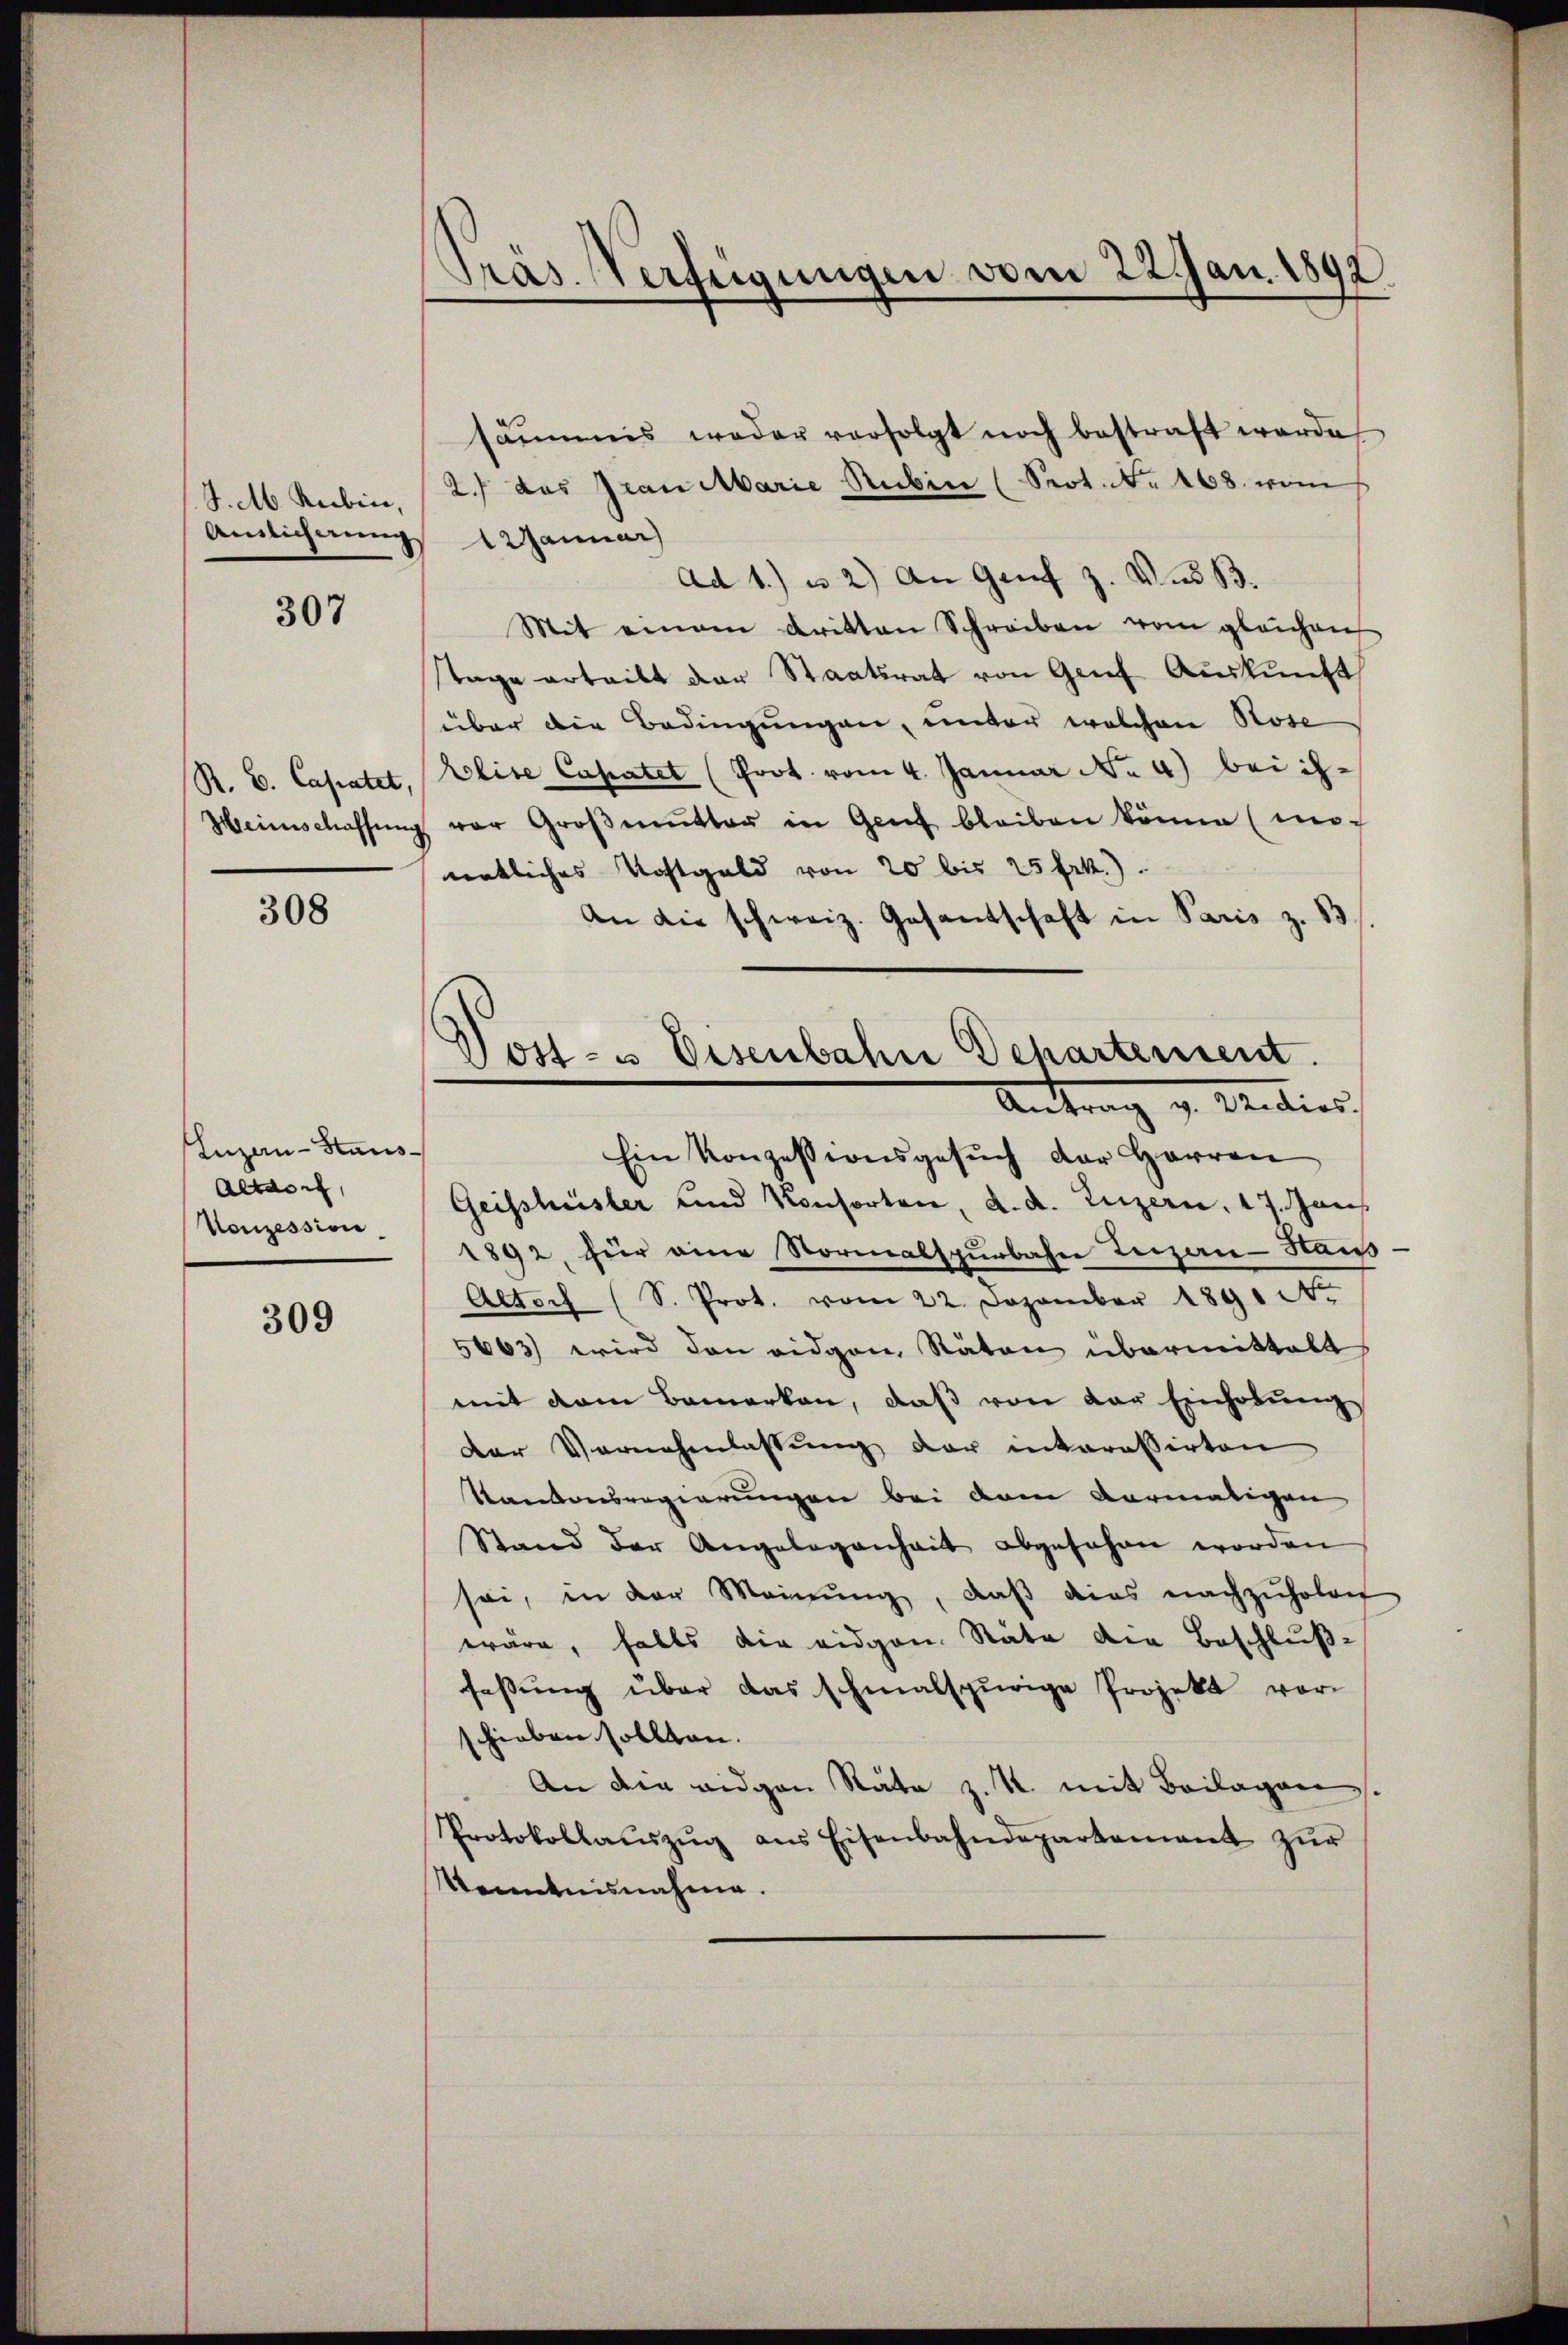
J. M. Rubin,
Anlicherung

307

R. V. Cassatet,
Heinschaffung

308

Luzern - Staus¬
Altdorf,
Konzession

309

Pras. Verfügungen vom 22 Jan. 1892.

Post- u Eisenbahn Departement.
Antrag v. Medies

säṁmis weder verfolgt noch bestraft werde
2.) das Frau Marie Rubin (Prot. No. 468. vom
1 Januar
Ad 1) u. 2) An Genf z. Aus B.
Mit einem dritten Schreiben vom gleichen
Tage erteilt der Staatsrat von Genf Auskunft
über die Bedingungen, unter welchen Rose
klise Capater (Prot vom 4. Januar No. 4) bei ihver Groβmŭtter in Genf bleiben könne (mi
natliches Kostgeld von 20 bis 25 Frk.)
An die schweiz. Gesandschaft in Paris z. 13
Ein Konzessionsgesŭch der Herren
Geisshüsler und Konsorten, d. d. Luzern, 17. Jan.
1892, für eine Normalspurbahn Teizan-Haus
Altoch (S. Prot. vom 22. Dezember 1891 No
5663) wird den eidgen Räten übermittalt
mit dem Bemerken, daβ von der Einholŭng
Der Vernehmlassŭng der interessirten
Kantonsregierungen bei dem vormaligen
Stand der Angelegenheit abgesehen worden
sei, in der Meinŭng, daβ dies nachzuholen
wäre, falls die eidgen. Räte die Beschlußfassŭng über das schmalspurige Projekt vor-
hieben sollten.
An die eidgen Räte z. R. mit Beilagen.
Protokollaŭszŭg aŭs Eisenbahndepartement zŭr
Kenntnisnahme.